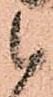
候